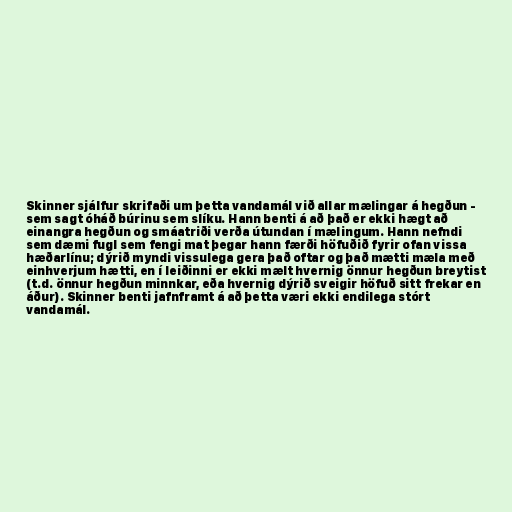
Skinner sjálfur skrifaði um þetta vandamál við allar mælingar á hegðun -
sem sagt óháð búrinu sem slíku. Hann benti á að það er ekki hægt að
einangra hegðun og smáatriði verða útundan í mælingum. Hann nefndi
sem dæmi fugl sem fengi mat þegar hann færði höfuðið fyrir ofan vissa
hæðarlínu; dýrið myndi vissulega gera það oftar og það mætti mæla með
einhverjum hætti, en í leiðinni er ekki mælt hvernig önnur hegðun breytist
(t.d. önnur hegðun minnkar, eða hvernig dýrið sveigir höfuð sitt frekar en
áður). Skinner benti jafnframt á að þetta væri ekki endilega stórt
vandamál.